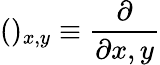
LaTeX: ()_{x,y}\equiv\frac{\partial}{\partial x,y}